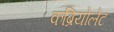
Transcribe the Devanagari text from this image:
कब्रियोलेट